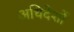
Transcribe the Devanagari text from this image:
अधिदेशों